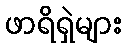
ဖာရိရှဲများ